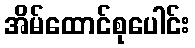
အိမ်ထောင်စုပေါင်း